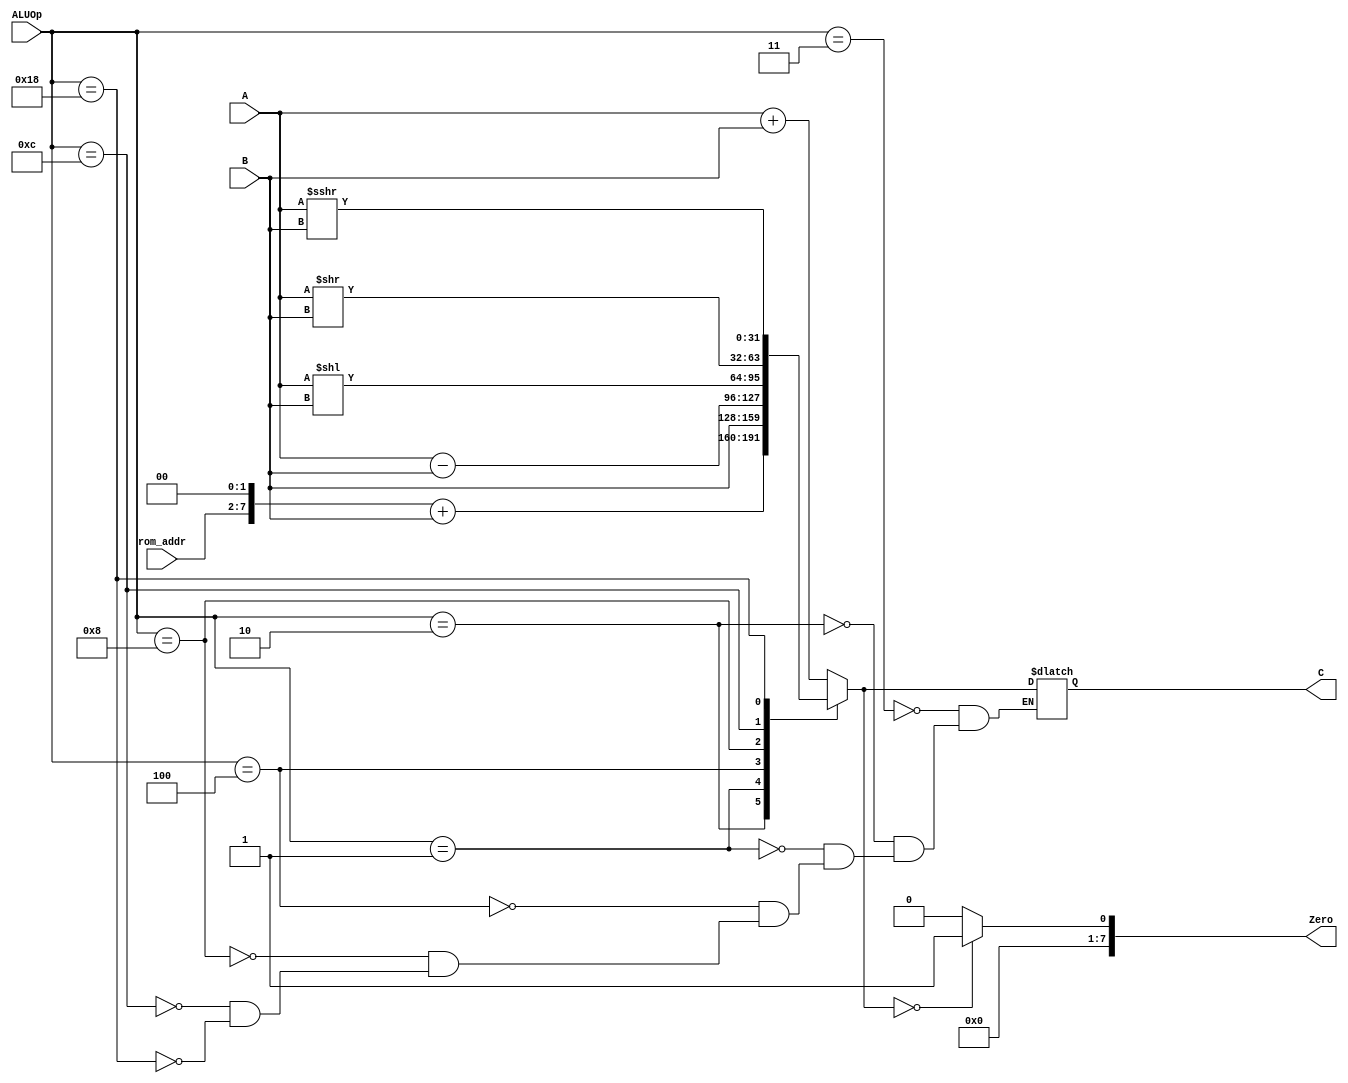
`define ALUOp_nop 5'b00000
`define ALUOp_lui 5'b00001
`define ALUOp_auipc 5'b00010
`define ALUOp_add 5'b00011
`define ALUOp_sub 5'b00100
`define ALUOp_sll 5'b01000
`define ALUOp_srl 5'b01100
`define ALUOp_sra 5'b11000

module alu(
    input signed[31:0] A, B,
    input [5:0]rom_addr,
    input [4:0]ALUOp,
    output reg signed[31:0] C,
    output reg [7:0]Zero
    );
    
    initial begin
        C = 32'h00000000;
    end

    always @(*) begin
            case(ALUOp)
                `ALUOp_nop: C = C;
                `ALUOp_add: C = A + B;
                `ALUOp_auipc: C = (rom_addr << 2) + B;
                `ALUOp_lui: C = B;
                `ALUOp_sub: C = A - B;
                `ALUOp_sll: C = A << B;
                `ALUOp_srl: C = A >> B;
                `ALUOp_sra: C = A >>> B;
            endcase
            Zero = (C==0) ? 1 : 0;
    end
        
endmodule